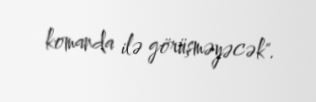
komanda ilə görüşməyəcək".